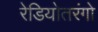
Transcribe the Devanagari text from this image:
रेडियोतरंगो